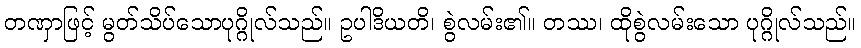
တဏှာဖြင့် မွတ်သိပ်သောပုဂ္ဂိုလ်သည်။ ဥပါဒိယတိ၊ စွဲလမ်း၏။ တဿ၊ ထိုစွဲလမ်းသော ပုဂ္ဂိုလ်သည်။